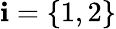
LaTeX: \mathbf{i}=\{ 1,2\}